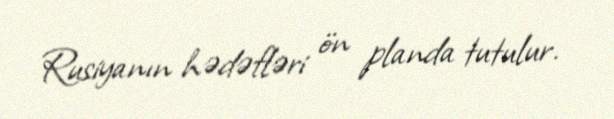
Rusiyanın hədəfləri ön planda tutulur.